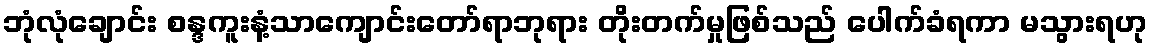
ဘုံလုံချောင်း စန္ဒကူးနံ့သာကျောင်းတော်ရာဘုရား တိုးတက်မှုဖြစ်သည် ပေါက်ခံရကာ မသွားရဟု